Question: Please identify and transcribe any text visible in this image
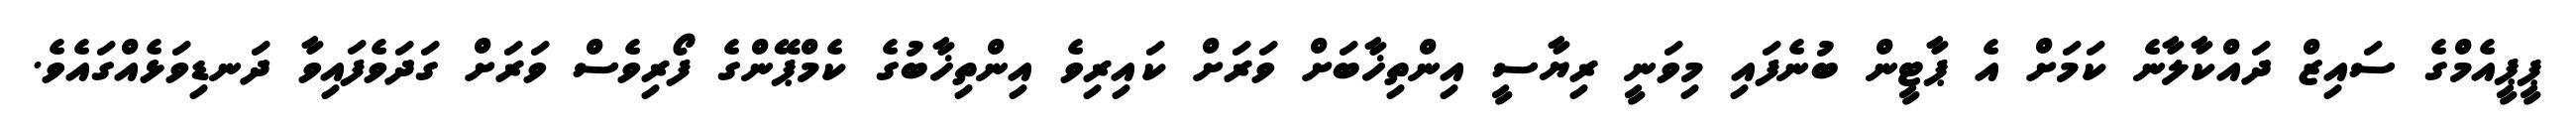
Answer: ޕީޕީއެމްގެ ސައިޒް ދައްކާލާނެ ކަމަށް އެ ޕާޓީން ބުނެފައި މިވަނީ ރިޔާސީ އިންތިޚާބަށް ވަރަށް ކައިރިވެ އިންތިޚާބުގެ ކެމްޕޭންގެ ފޯރިވެސް ވަރަށް ގަދަވެފައިވާ ދަނޑިވަޅެއްގައެވެ.